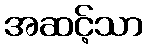
အဆင့်သာ